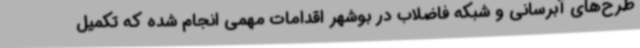
طرح‌های آبرسانی و شبکه فاضلاب در بوشهر اقدامات مهمی انجام شده که تکمیل